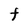
Character: F